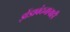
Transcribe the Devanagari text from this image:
झेंडावंदनाचाही